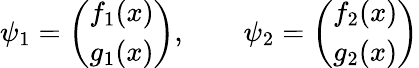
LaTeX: \psi_{1}=\left(\begin{array}{c}{{f_{1}(x)}}\\ {{g_{1}(x)}}\end{array}\right),\qquad\psi_{2}=\left(\begin{array}{c}{{f_{2}(x)}}\\ {{g_{2}(x)}}\end{array}\right)